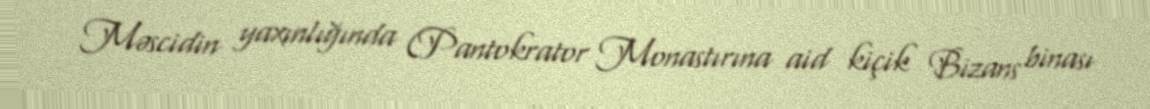
Məscidin yaxınlığında (Pantokrator Monastırına aid kiçik Bizans binası